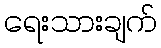
ရေးသားချက်